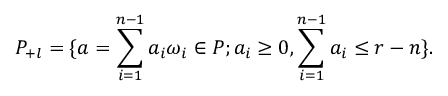
P _ { + l } = \{ a = \sum _ { i = 1 } ^ { n - 1 } a _ { i } \omega _ { i } \in P ; a _ { i } \ge 0 , \sum _ { i = 1 } ^ { n - 1 } a _ { i } \le r - n \} .